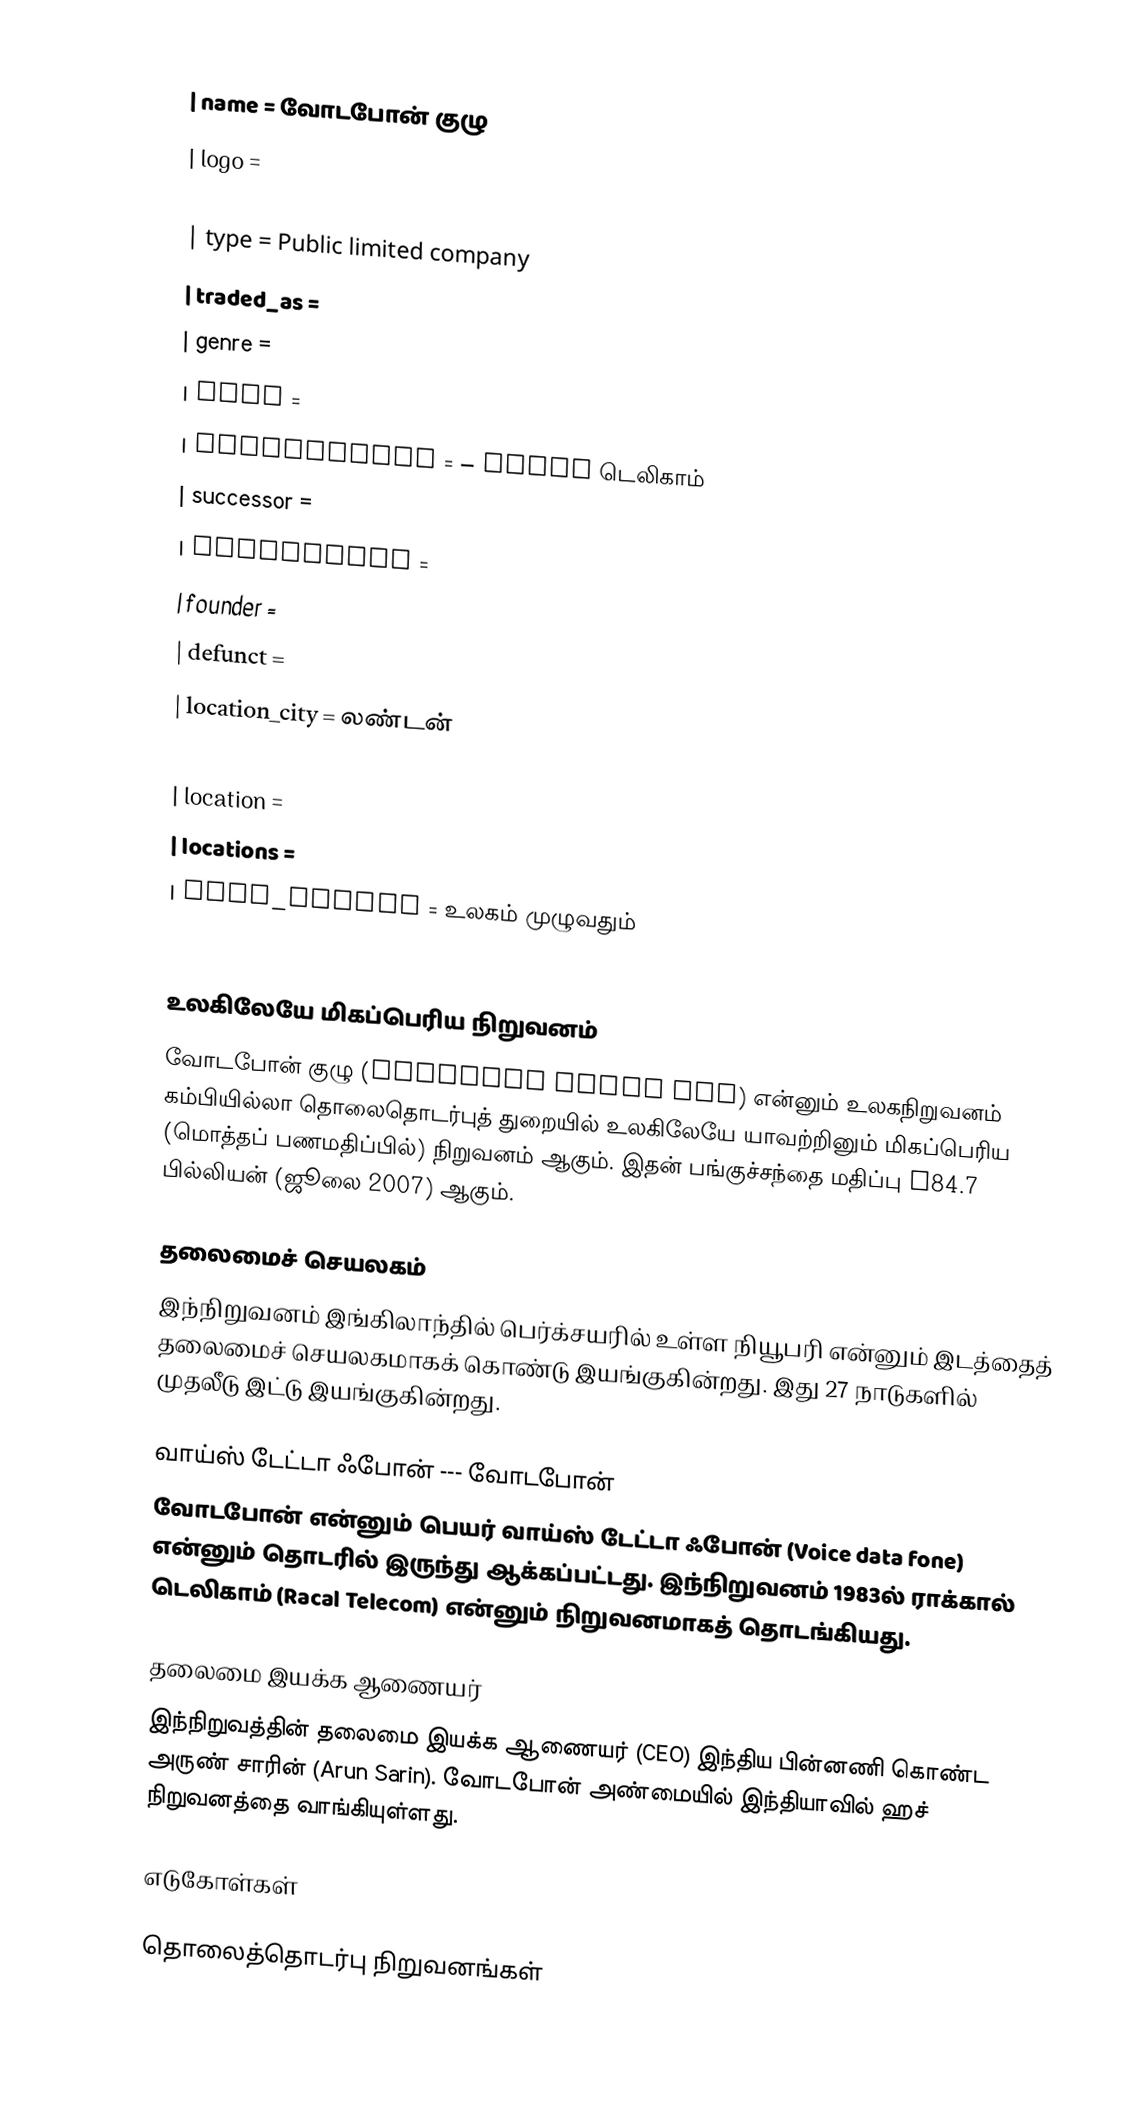
{{Infobox company
| name             = வோடபோன் குழு
| logo             =
| caption          =
| type             = Public limited company
| traded_as        =
| genre            =
| fate             =
| predecessor      = – Racal டெலிகாம்
| successor        =
| foundation       =
| founder          =
| defunct          =
| location_city    = லண்டன்
| location_country =
| location         =
| locations        =
| area_served      = உலகம் முழுவதும்
| key_people       =

உலகிலேயே மிகப்பெரிய நிறுவனம்
வோடபோன் குழு (Vodafone Group Plc) என்னும் உலகநிறுவனம் கம்பியில்லா தொலைதொடர்புத் துறையில் உலகிலேயே யாவற்றினும் மிகப்பெரிய (மொத்தப் பணமதிப்பில்) நிறுவனம் ஆகும். இதன் பங்குச்சந்தை மதிப்பு  £84.7 பில்லியன் (ஜூலை 2007) ஆகும்.

தலைமைச் செயலகம்
இந்நிறுவனம் இங்கிலாந்தில் பெர்க்சயரில் உள்ள நியூபரி என்னும் இடத்தைத் தலைமைச் செயலகமாகக் கொண்டு இயங்குகின்றது. இது 27 நாடுகளில் முதலீடு இட்டு இயங்குகின்றது.

வாய்ஸ் டேட்டா ஃபோன் --- வோடபோன்
வோடபோன் என்னும் பெயர் வாய்ஸ் டேட்டா ஃபோன் (Voice data fone) என்னும் தொடரில் இருந்து ஆக்கப்பட்டது. இந்நிறுவனம் 1983ல் ராக்கால் டெலிகாம் (Racal Telecom) என்னும் நிறுவனமாகத் தொடங்கியது.

தலைமை இயக்க ஆணையர்
இந்நிறுவத்தின் தலைமை இயக்க ஆணையர் (CEO) இந்திய பின்னணி கொண்ட அருண் சாரின் (Arun Sarin). வோடபோன் அண்மையில் இந்தியாவில் ஹச் நிறுவனத்தை வாங்கியுள்ளது.

எடுகோள்கள்

தொலைத்தொடர்பு நிறுவனங்கள்